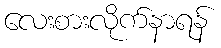
လေးစားလိုက်နာရန်